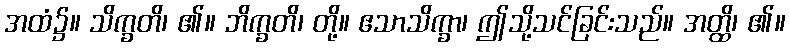
အထံ၌။ သိက္ခတိ၊ ၏။ ဘိက္ခတိ၊ တို့။ ဧသာသိက္ခာ၊ ဤသို့သင်ခြင်းသည်။ အတ္ထိ၊ ၏။